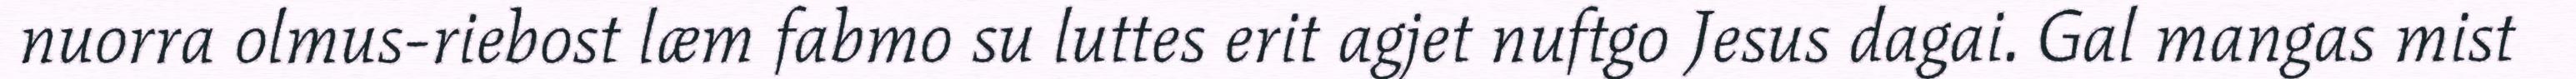
nuorra olmus-riebost læm fabmo su luttes erit agjet nuftgo Jesus dagai. Gal mangas mist